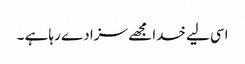
اسی لیے خدا مجھے سزا دے رہا ہے ۔